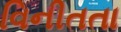
વિનીતતા